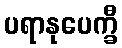
ပရာနုပေက္ခီ